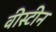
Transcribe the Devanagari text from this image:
वीस्टीन